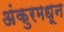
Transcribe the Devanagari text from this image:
अंकुरमधून